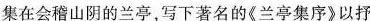
集在会稽山阴的兰亭,写下著名的《兰亭集序》以抒